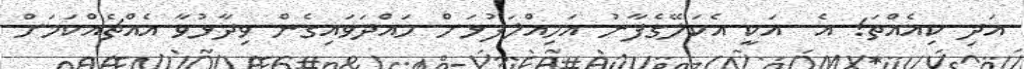
އަދި ކިއެއްތަ! އެ  އަކީ އެކަލޭގެފާނު އަމިއްލަފުޅަށް ހައްދަވައިގެން ވިދާޅުވާ އެއްޗެއްކަމަށް